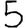
Digit: 5